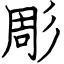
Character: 彫